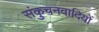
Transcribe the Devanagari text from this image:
संकुचनवादियों